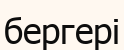
бергері